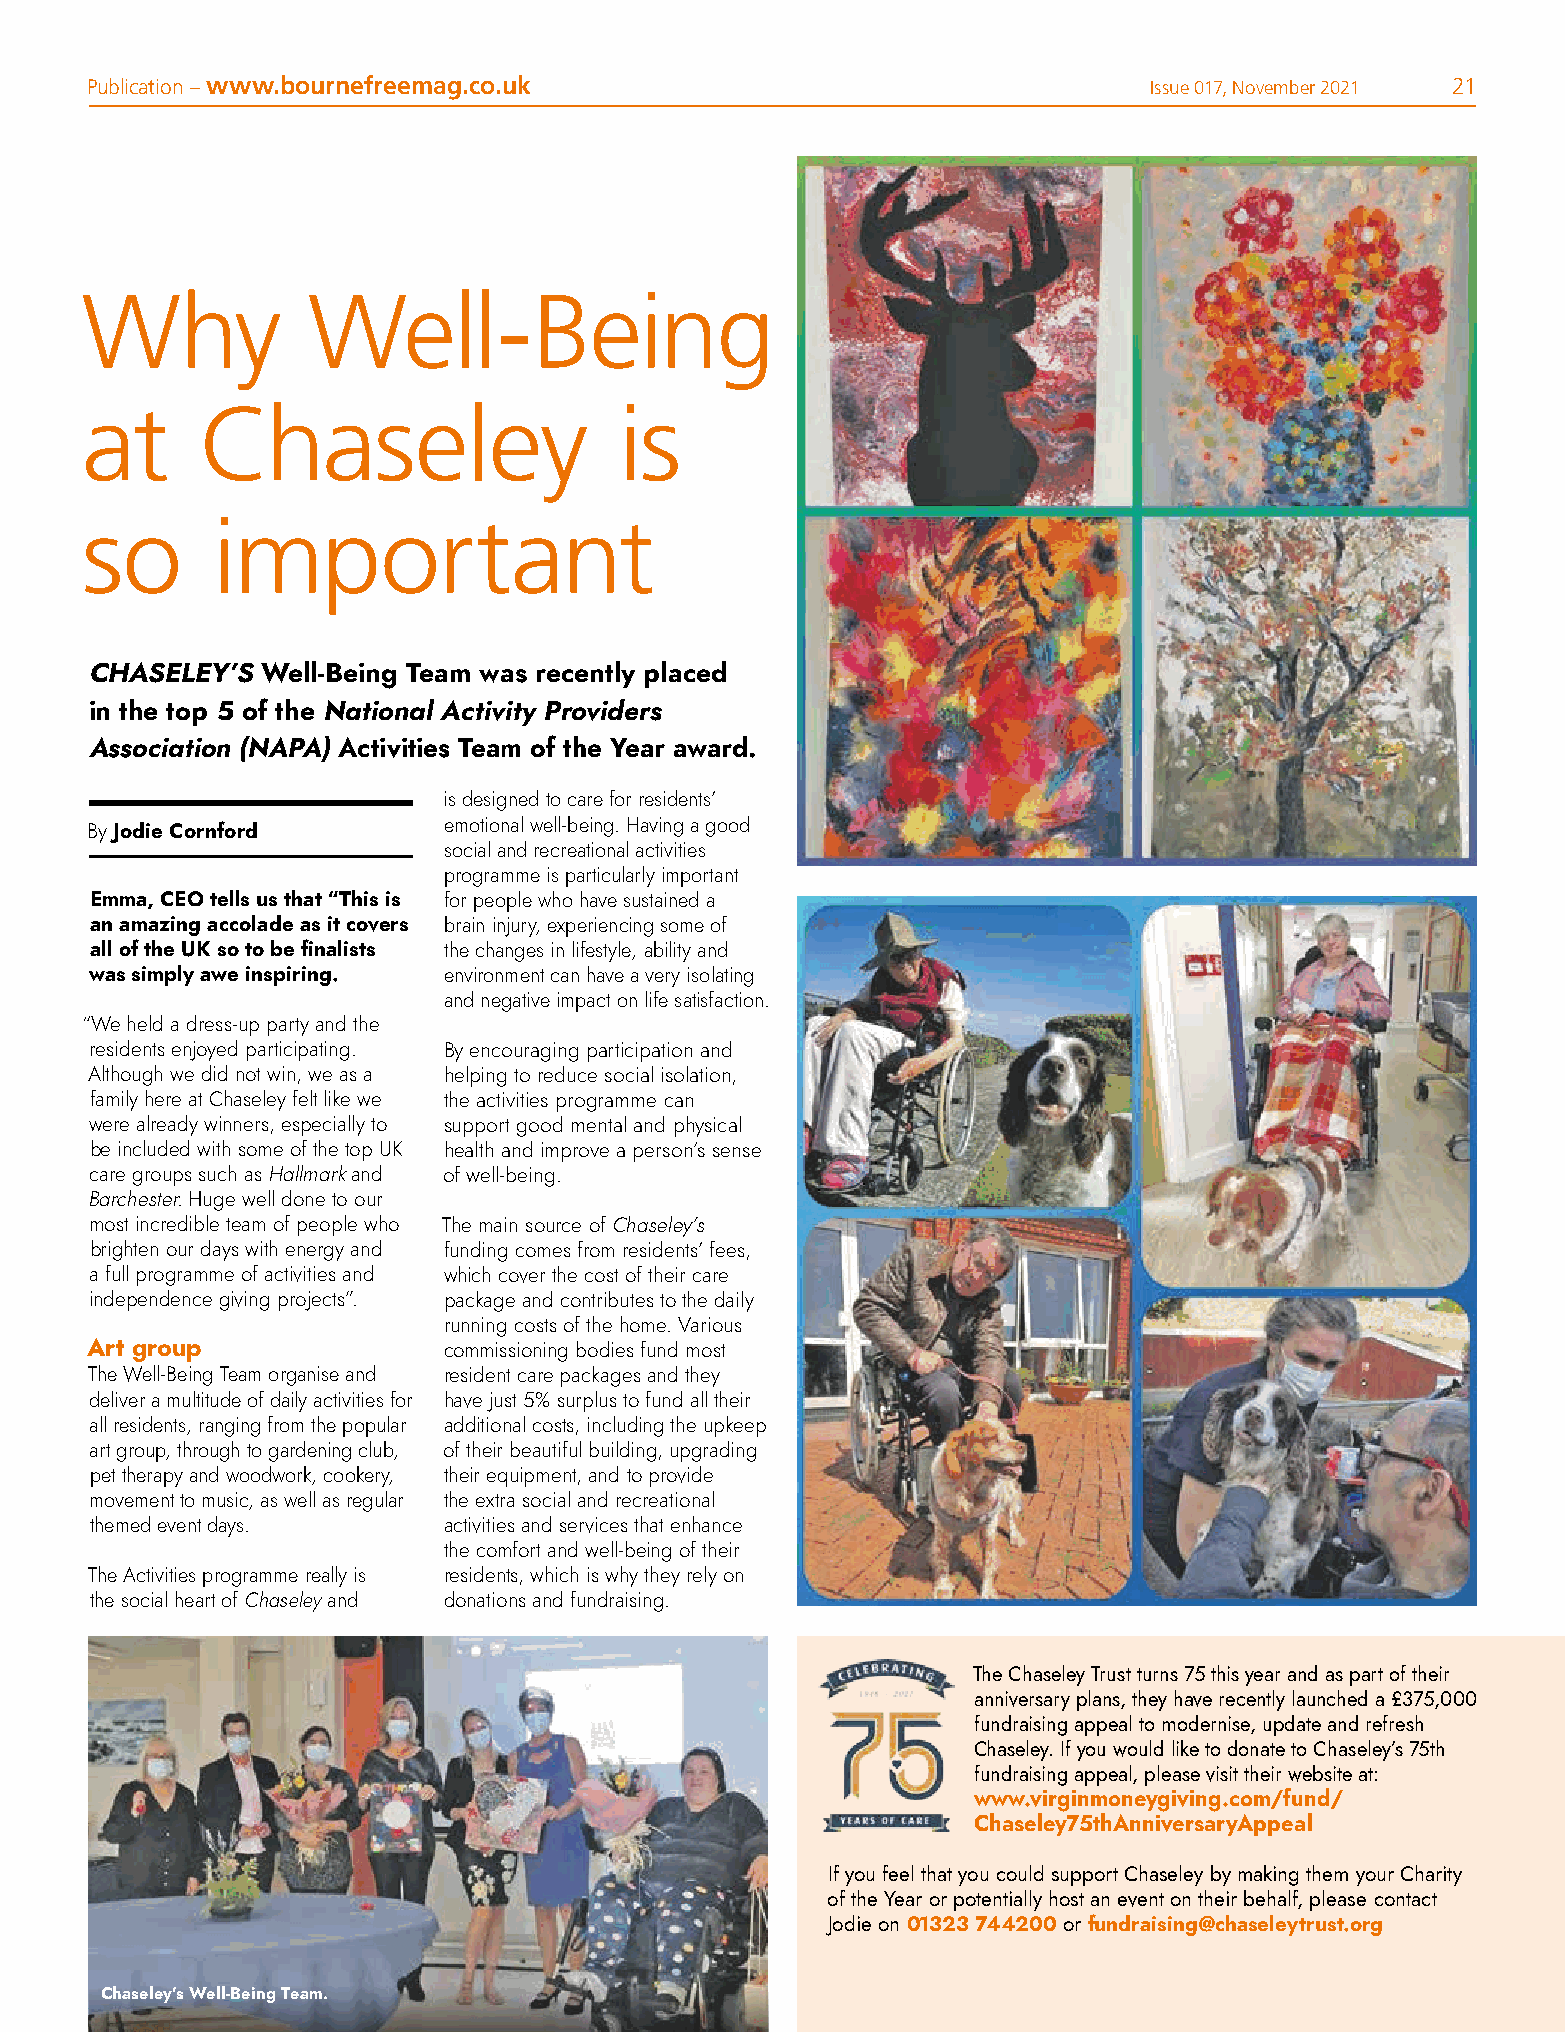
Publication – www.bournefreemag.co.uk                                 Issue 017, November 2021 21
 Why            Well-Being
 at      Chaseley                    is
 so       important
 CHASELEY’S Well-Being Team was recently placed
 in the top 5 of the National Activity Providers
 Association (NAPA) Activities Team of the Year award.
 is designed to care for residents’
 emotional well-being. Having a good
 By Jodie Cornford
 social and recreational activities
 programme is particularly important
 Emma, CEO tells us that “This is for people who have sustained a
 an amazing accolade as it covers brain injury, experiencing some of
 all of the UK so to be finalists the changes in lifestyle, ability and
 was simply awe inspiring. environment can have a very isolating
 and negative impact on life satisfaction.
 “We held a dress-up party and the
 residents enjoyed participating. By encouraging participation and
 Although we did not win, we as a helping to reduce social isolation,
 family here at Chaseley felt like we the activities programme can
 were already winners, especially to support good mental and physical
 be included with some of the top UK health and improve a person’s sense
 care groups such as Hallmark and of well-being.
 Barchester. Huge well done to our
 most incredible team of people who The main source of Chaseley’s
 brighten our days with energy and funding comes from residents’ fees,
 a full programme of activities and which cover the cost of their care
 independence giving projects”. package and contributes to the daily
 running costs of the home. Various
 Art group              commissioning bodies fund most
 The Well-Being Team organise and resident care packages and they
 deliver a multitude of daily activities for have just 5% surplus to fund all their
 all residents, ranging from the popular additional costs, including the upkeep
 art group, through to gardening club, of their beautiful building, upgrading
 pet therapy and woodwork, cookery, their equipment, and to provide
 movement to music, as well as regular the extra social and recreational
 themed event days.     activities and services that enhance
 the comfort and well-being of their
 The Activities programme really is residents, which is why they rely on
 the social heart of Chaseley and donations and fundraising.
 The Chaseley Trust turns 75 this year and as part of their
 anniversary plans, they have recently launched a £375,000
 fundraising appeal to modernise, update and refresh
 Chaseley. If you would like to donate to Chaseley’s 75th
 fundraising appeal, please visit their website at:
 www.virginmoneygiving.com/fund/
 Chaseley75thAnniversaryAppeal
 If you feel that you could support Chaseley by making them your Charity
 of the Year or potentially host an event on their behalf, please contact
 Jodie on 01323 744200 or fundraising@chaseleytrust.org
 Chaseley’s Well-Being Team.